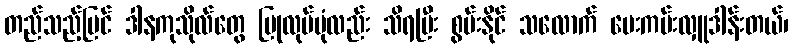
တည်သည့်ပြင် ဒါနကုသိုလ်တွေ ပြုလုပ်ပုံလည်း သိရပြီး စွမ်းနိုင် သလောက် ပေးကမ်းလှူဒါန်းတယ်၊